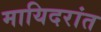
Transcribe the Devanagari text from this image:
मायिदरांत